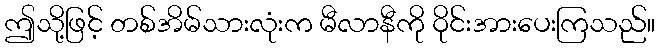
ဤသို့ဖြင့် တစ်အိမ်သားလုံးက မီလာနီကို ဝိုင်းအားပေးကြသည်။